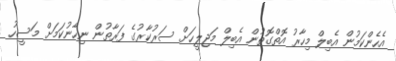
އެހެންކަމުން އެބިލް މިހާރު އޮތްގޮތުން އެބިލް މަޖިލީހަށް ސަރުކާރުގެ ފަރާތުން ނިހާނުކަމަށް މަސީހު